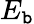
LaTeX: E_{\mathtt{b}}